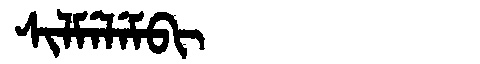
Manchu: ᠰᡳᠯᠮᡝᠯᡝᠮᠪᡳ
Romanization: SILMELEMBI